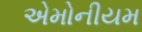
એમોનીયમ